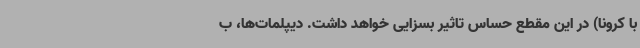
با کرونا) در این مقطع حساس تاثیر بسزایی خواهد داشت. دیپلمات‌ها، ب